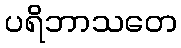
ပရိဘာသတေ